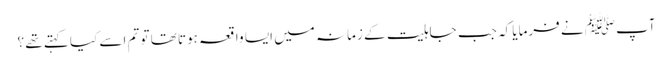
آپﷺ نے فرمایا کہ جب جاہلیت کے زمانہ میں ایسا واقعہ ہوتا تھا تو تم اسے کیا کہتے تھے ؟